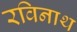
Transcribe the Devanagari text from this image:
रविनाथ